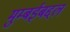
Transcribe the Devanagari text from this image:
मुम्बईबद्दल